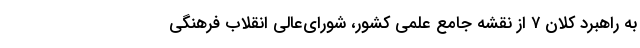
به راهبرد کلان ۷ از نقشه جامع علمی کشور، شورای‌عالی انقلاب فرهنگی